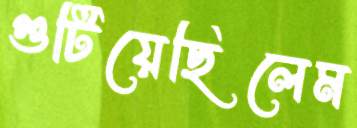
গুটিয়েছিলেম